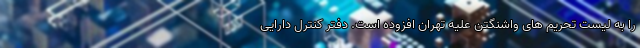
را به لیست تحریم های واشنگتن علیه تهران افزوده است. دفتر کنترل دارایی